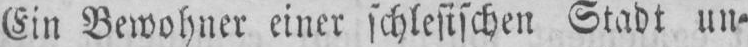
Stadt un⸗